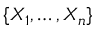
\{ X _ { 1 } , \ldots , X _ { n } \}